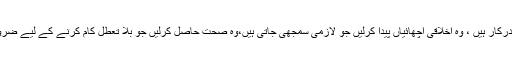
اگر ہم اپنے لیبر میں وہ پروفیشنل اسکلز پیدا کردیں جو دنیا کو درکار ہیں ، وہ اخلاقی اچھائیاں پیدا کرلیں جو لازمی سمجھی جاتی ہیں،وہ صحت حاصل کرلیں جو بلا تعطل کام کرنے کے لیے ضروری ہے تو ہم پاکستان کے بے شمار مسائل حل کرسکتے ہیں۔